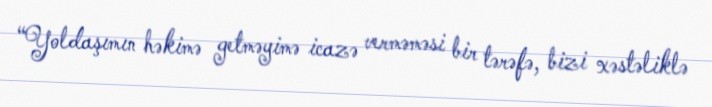
“Yoldaşımın həkimə getməyimə icazə verməməsi bir tərəfə, bizi xəstəliklə